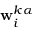
\mathbf { w } _ { i } ^ { k \alpha }